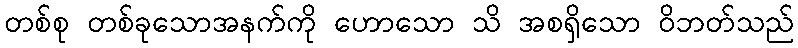
တစ်စု တစ်ခုသောအနက်ကို ဟောသော သိ အစရှိသော ဝိဘတ်သည်